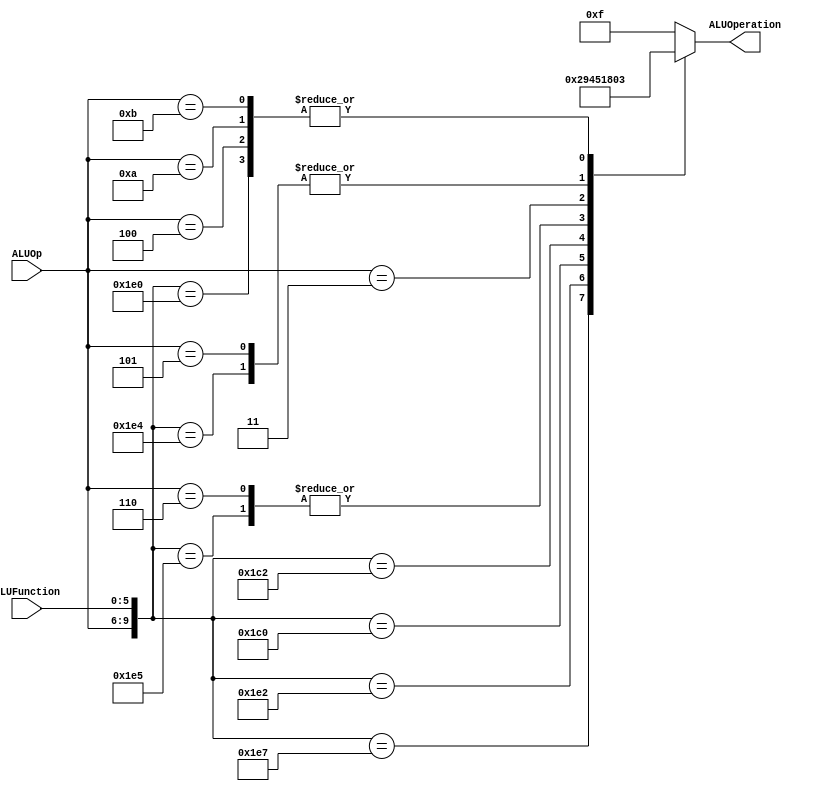
module ALUControl
(
  input [3:0] ALUOp,
  input [5:0] ALUFunction,
  output [3:0] ALUOperation
);

  localparam R_Type_AND  = 10'b0111_100100;
  localparam R_Type_OR   = 10'b0111_100101;
  localparam R_Type_NOR  = 10'b0111_100111;
  localparam R_Type_ADD  = 10'b0111_100000;
  localparam R_Type_SUB  = 10'b0111_100010;
  localparam R_Type_SLL  = 10'b0111_000000;
  localparam R_Type_SRL  = 10'b0111_000010;
  localparam R_Type_JR   = 10'b0111_001000;
  localparam I_Type_ADDI = 10'b0100_xxxxxx;
  localparam I_Type_ANDI = 10'b0101_xxxxxx;
  localparam I_Type_ORI  = 10'b0110_xxxxxx;
  localparam I_Type_LUI  = 10'b0011_xxxxxx;
  //localparam I_Type_BEQ  = 10'b1000_xxxxxx;
  //localparam I_Type_BNE  = 10'b1001_xxxxxx;
  localparam I_Type_LW   = 10'b1010_xxxxxx;
  localparam I_Type_SW   = 10'b1011_xxxxxx;

  reg [3:0] ALUControlValues;
  wire [9:0] Selector;

  assign Selector = {ALUOp, ALUFunction};


  //Here we assign which ALU function the instruction will use.
  always@(Selector)begin
    casex(Selector)
      R_Type_AND : ALUControlValues = 4'b0000;
      R_Type_OR  : ALUControlValues = 4'b0001;
      R_Type_NOR : ALUControlValues = 4'b0010;
      R_Type_ADD : ALUControlValues = 4'b0011;
      R_Type_SUB : ALUControlValues = 4'b1001;
      R_Type_SLL : ALUControlValues = 4'b0100;
      R_Type_SRL : ALUControlValues = 4'b0101;
      I_Type_ADDI: ALUControlValues = 4'b0011;
      I_Type_ORI : ALUControlValues = 4'b0001;
      I_Type_LUI : ALUControlValues = 4'b1000;
      I_Type_ANDI: ALUControlValues = 4'b0000;
      //I_Type_BEQ : ALUControlValues = 4'b1001;
      //I_Type_BNE : ALUControlValues = 4'b1001;
      I_Type_LW  : ALUControlValues = 4'b0011;
      I_Type_SW  : ALUControlValues = 4'b0011;
      default:     ALUControlValues = 4'b1111;
    endcase
  end

  assign ALUOperation = ALUControlValues; //ALU's opcode.

endmodule